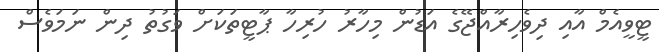
ޓީވީއެމް އާއި ދިވެހިރާއްޖޭގެ އަޑުން މިހާރު ހުރިހާ ޕާޓީތަކަށް ވަގުތު ދިން ނަމަވެސް